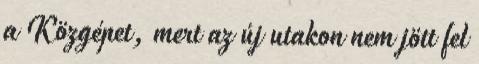
a Közgépet, mert az új utakon nem jött fel